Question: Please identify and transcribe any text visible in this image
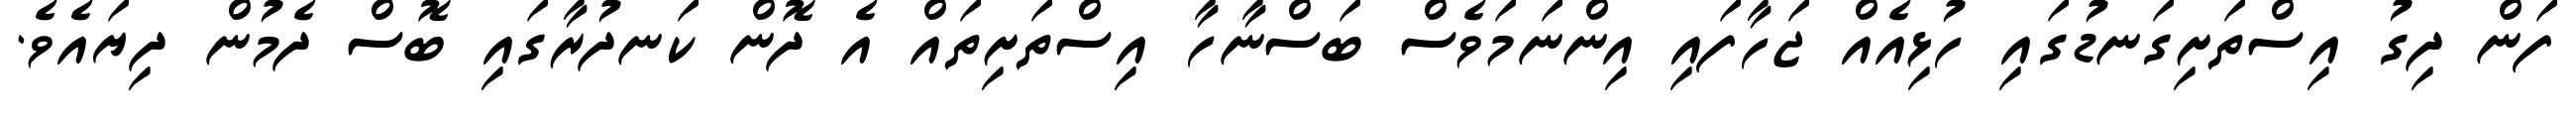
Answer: ފަން ދިގު އިސްތަށިގަނޑުގައި ހުޅިއެއް ޖަހާފައި އިންނަމަވެސް ބަސްނާހާ އިސްތަށިތައް އެ ދޮން ކަނދުރާގައި ބޮސް ދެމުން ދިޔައެވެ.